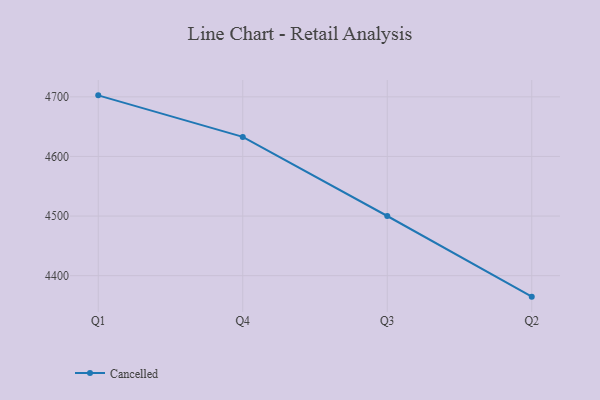
{"axis": {"x": "Quarter", "y": "Operating Costs (USD K)"}, "legend": ["Cancelled"], "data": [{"x": "Q1", "y": 4702.5, "type": "Cancelled"}, {"x": "Q4", "y": 4632.8, "type": "Cancelled"}, {"x": "Q3", "y": 4500.1, "type": "Cancelled"}, {"x": "Q2", "y": 4364.8, "type": "Cancelled"}]}